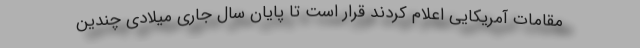
مقامات آمریکایی اعلام کردند قرار است تا پایان سال جاری میلادی چندین